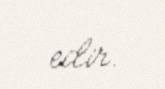
edir.